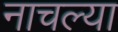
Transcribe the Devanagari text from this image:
नाचल्या